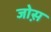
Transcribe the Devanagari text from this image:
जोस़